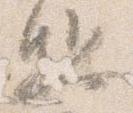
駈